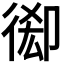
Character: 𢔘